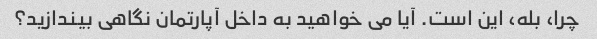
چرا، بله، این است. آیا می خواهید به داخل آپارتمان نگاهی بیندازید؟